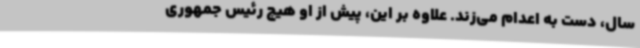
سال، دست به اعدام می‌زند. علاوه بر این، پیش از او هیچ رئیس جمهوری